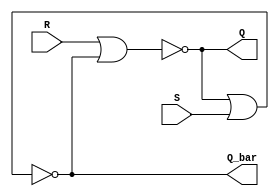
module SR_Latch(R,S,Q,Q_bar);
	input R,S;
	output Q,Q_bar;
	nor nor1(Q,R,Q_bar);
	nor nor2(Q_bar,Q,S);
endmodule